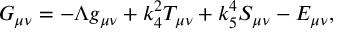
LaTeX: G _ { \mu \nu } = - \Lambda g _ { \mu \nu } + k _ { 4 } ^ { 2 } T _ { \mu \nu } + k _ { 5 } ^ { 4 } S _ { \mu \nu } - E _ { \mu \nu } ,